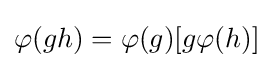
\varphi (gh)=\varphi (g)[g\varphi (h)]